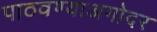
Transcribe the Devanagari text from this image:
पाठवण्याअगोदर